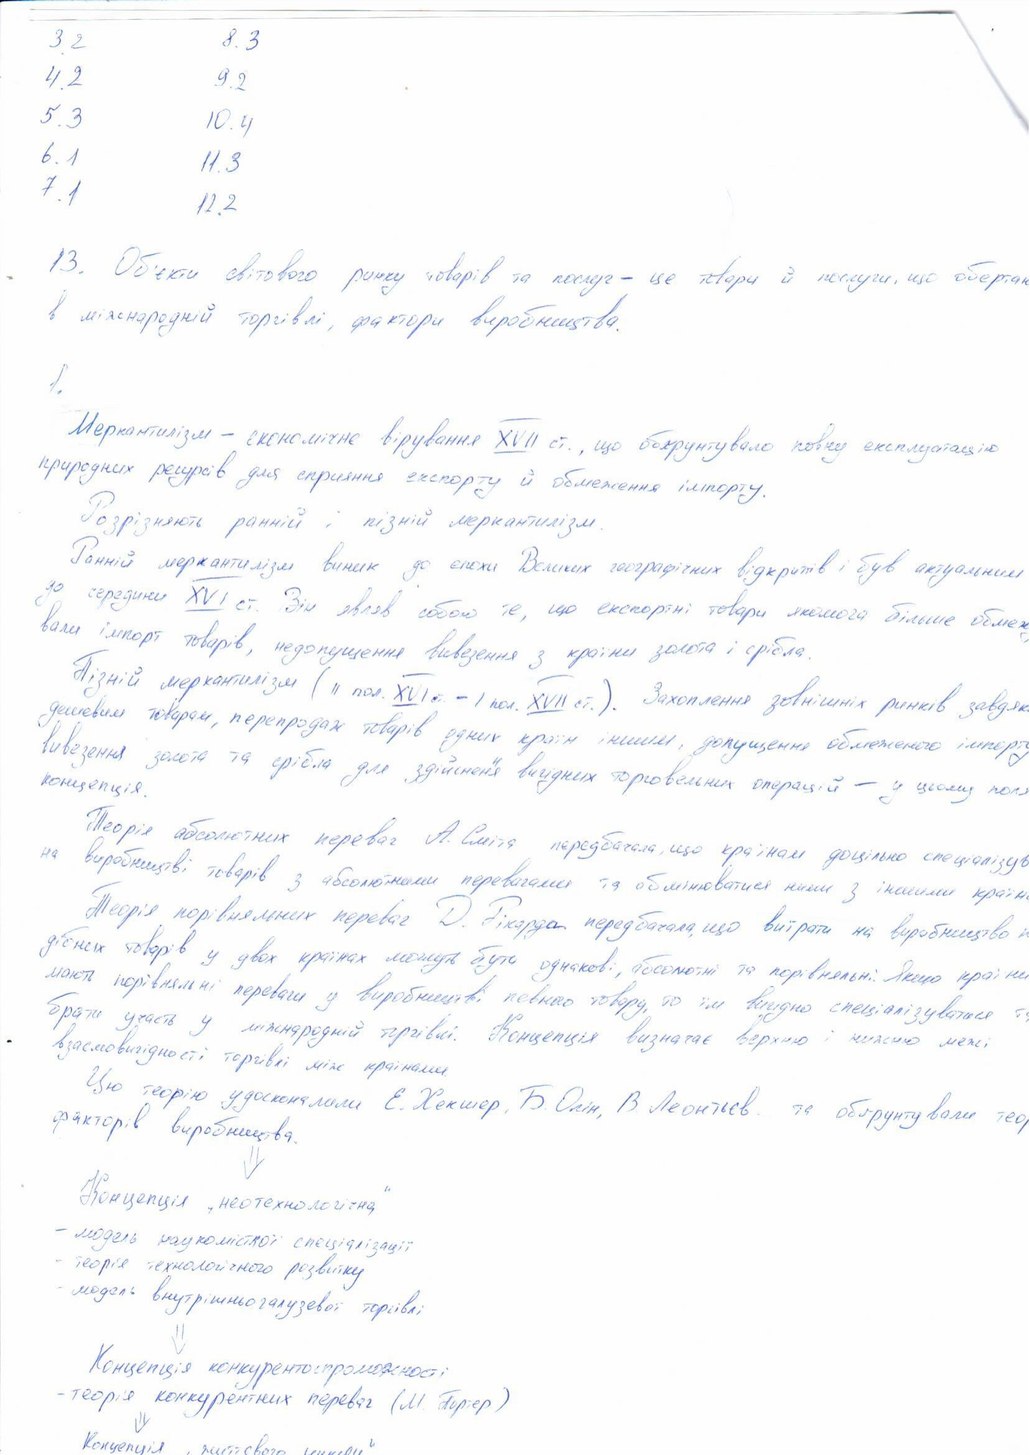
3.2
8.3
4.2
9.2
5.3
10.4
6.1
11.3
7.1
12.2
13. Об'єкти світового ринку товарів та послуг - це товари й послуги, що обертаю
в міжнародній торгівлі, фактори виробництва.
1.
Меркантилізм - економічне вірування XVII ст., що обґрунтувало повну експлуатацію
природних ресурсів для сприяння експорту й обмеження імпорту.
Розрізняють ранній і пізній меркантилізм.
Ранній меркантилізм виник до епохи Великих географічних відкриттів і був актуальним
до середини XVI ст. Він являв собою те, що експортні товари якомога більше обмеж
вали імпорт товарів, недопущення вивезення з країни золота і срібла.
Пізній меркантилізм (II пол. XVI ст. - I пол. XVII ст.). Захоплення зовнішніх ринків завдяк
дешевим товарам, перепродаж товарів одних країн іншим, допущення обмеженого імпорту
вивезення золота та срібла для здійснення вигідних торговельних операцій - у цьому поля
концепція.
Теорія абсолютних переваг А. Сміта передбачала, що країнам доцільно спеціалізув
на виробництві товарів з абсолютними перевагами та обмінюватися ними з іншими країн
Теорія порівняльних переваг Д. Рікарда передбачала, що витрати на виробництво
дібних товарів у двох країнах можуть бути однакові, абсолютні та порівняльні. Якщо країни
мають порівняльні переваги у виробництві певного товару, то їм вигідно спеціалізуватися т
брати участь у міжнародній торгівлі. Концепція визначає верхню і нижню межі.
міжнародної торгівлі. взаємовигідності торгівлі між країнами. Це
Цю теорію удосконалили Е. Хекшер, Б. Олін, В. Леонтьєв та обґрунтували теор
факторів виробництва.
Концепція "неотехнологічна"
модель наукомісткої спеціалізації
теорія технологічного розвитку
модель внутрішньогалузевої торгівлі
Концепція конкурентоспроможності
- теорія конкурентних переваг (М. Портер)
Концепція "життєвого циклу"